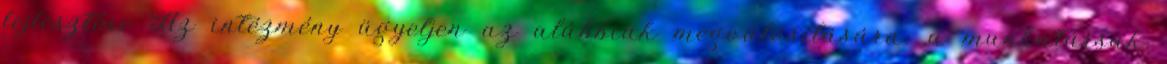
fejlesztése Az intézmény ügyeljen az alábbiak megvalósítására: a munkatársak